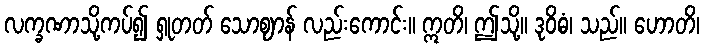
လက္ခဏာသို့ကပ်၍ ရှုတတ် သောဈာန် လည်းကောင်း။ ဣတိ၊ ဤသို့။ ဒုဝိဓံ၊ သည်။ ဟောတိ၊